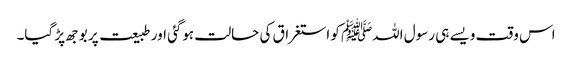
اس وقت ویسے ہی رسول اللہﷺ کو استغراق کی حالت ہوگئی اور طبیعت پر بوجھ پڑ گیا۔